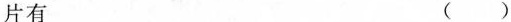
片有 ( )